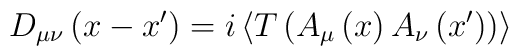
D_{\mu \nu }\left( x-x^{\prime }\right) =i\left\langle T\left( A_{\mu}\left( x\right) A_{\nu }\left( x^{\prime }\right) \right) \right\rangle